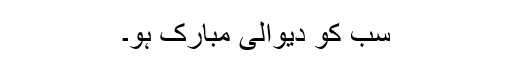
سب کو دیوالی مبارک ہو۔